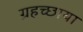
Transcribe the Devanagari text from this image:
ग्रहच्छाया